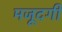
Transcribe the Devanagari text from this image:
मजूदगी